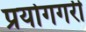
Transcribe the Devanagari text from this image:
प्रयोगगरी